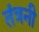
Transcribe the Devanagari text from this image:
तंत्रनी